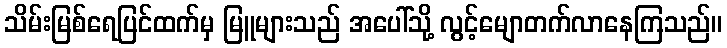
သိမ်းမြစ်ရေပြင်ထက်မှ မြူများသည် အပေါ်သို့ လွင့်မျောတက်လာနေကြသည်။